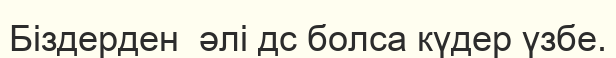
Біздерден  әлі дс болса күдер үзбе.